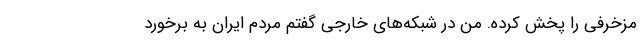
مزخرفی را پخش کرده. من در شبکه‌های خارجی گفتم مردم ایران به برخورد